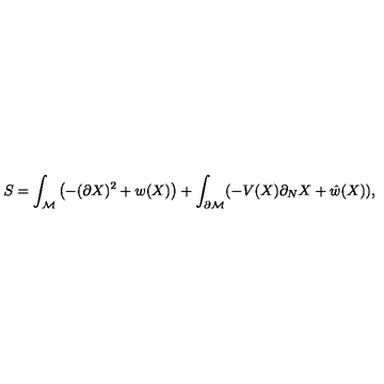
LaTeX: S = \int _ { \cal M } \left( - ( \partial X ) ^ { 2 } + w ( X ) \right) + \int _ { \partial { \cal M } } ( - V ( X ) \partial _ { N } X + \hat { w } ( X ) ) ,